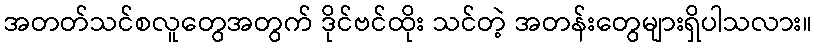
အတတ်သင်စလူတွေအတွက် ဒိုင်ဗင်ထိုး သင်တဲ့ အတန်းတွေများရှိပါသလား။